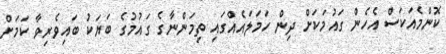
ކޮންމެއަކަސް އެހެން ގައުމަކަށް ދިން ހަމަލައެއްގައި ތިމަންނާގެ ގައުމުގެ ބަޔަކު ބައިވެރިވާ ކަމަށް